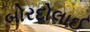
બોરદોલાઈ